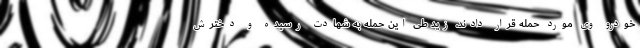
خودرو وی مورد حمله قرار دادند. زید طی این حمله به شهادت رسیده و دخترش